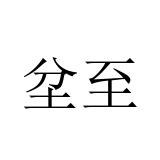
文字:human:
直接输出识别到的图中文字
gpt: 坌至